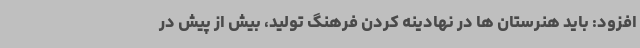
افزود: باید هنرستان ها در نهادینه کردن فرهنگ تولید، بیش از پیش در